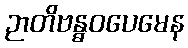
ဉာတိဗန္ဓဝပေမေန